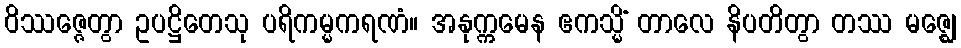
ဝိဿဇ္ဇေတွာ ဥပဋ္ဌိတေသု ပရိကမ္မကရဏံ။ အနုက္ကမေန ဧကသ္မိံ တာလေ နိပတိတွာ တဿ မဇ္ဈေ